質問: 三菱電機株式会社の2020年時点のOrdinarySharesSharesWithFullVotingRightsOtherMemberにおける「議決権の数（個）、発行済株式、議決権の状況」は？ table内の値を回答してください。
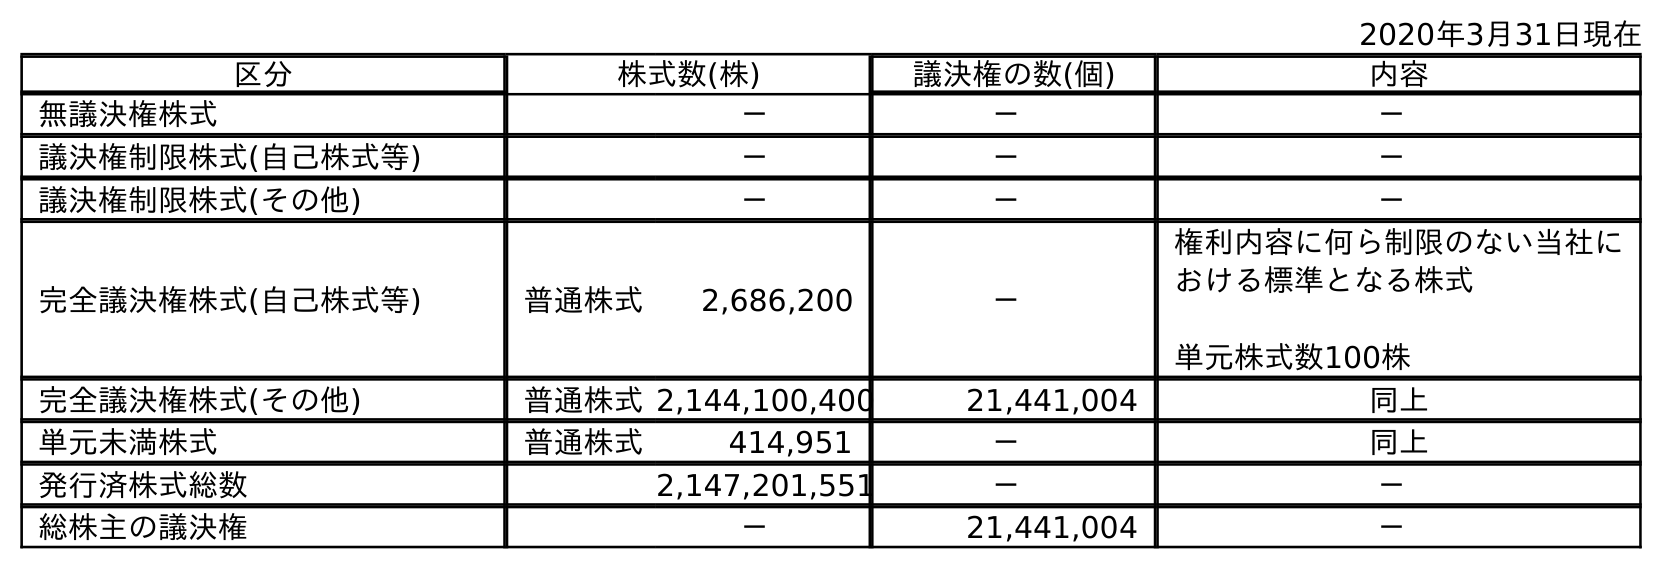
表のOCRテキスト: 2020年3月31日現在 区分 株式数(株) 議決権の数(個) 内容 無議決権株式 － － － 議決権制限株式(自己株式等) － － － 議決権制限株式(その他) － － － 完全議決権株式(自己株式等) 普通株式 2,686,200 － 権利内容に何ら制限のない当社に おける標準となる株式 単元株式数100株 完全議決権株式(その他) 普通株式2,144,100,400 21,441,004 同上 単元未満株式 普通株式 414,951 － 同上 発行済株式総数 2,147,201,551 － － 総株主の議決権 － 21,441,004 －
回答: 21,441,004